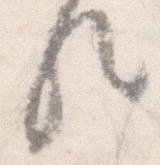
歟